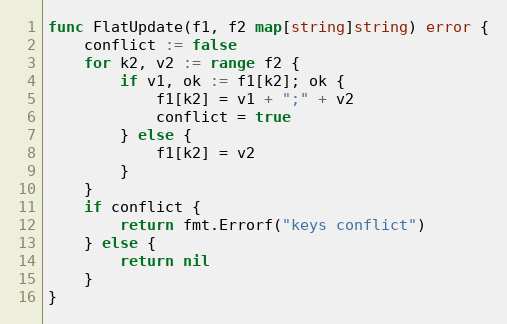
Language: Go
func FlatUpdate(f1, f2 map[string]string) error {
	conflict := false
	for k2, v2 := range f2 {
		if v1, ok := f1[k2]; ok {
			f1[k2] = v1 + ";" + v2
			conflict = true
		} else {
			f1[k2] = v2
		}
	}
	if conflict {
		return fmt.Errorf("keys conflict")
	} else {
		return nil
	}
}